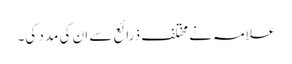
علامہ نے مختلف ذرائع سے ان کی مدد کی۔